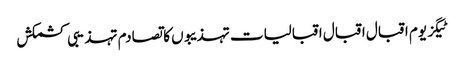
ٹیگز یوم اقبال اقبال اقبالیات تہذیبوں کا تصادم تہذیبی کشمکش